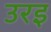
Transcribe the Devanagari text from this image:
उरइ